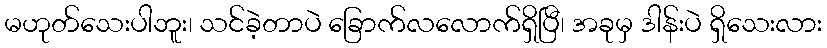
မဟုတ်သေးပါဘူး၊ သင်ခဲ့တာပဲ ခြောက်လလောက်ရှိပြီ၊ အခုမှ ဒါန်းပဲ ရှိသေးလား